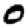
Digit: 0